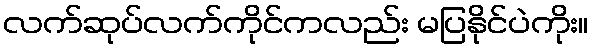
လက်ဆုပ်လက်ကိုင်ကလည်း မပြနိုင်ပဲကိုး။